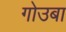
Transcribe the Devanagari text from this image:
गोउबा